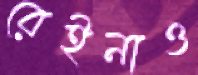
রেইনাও